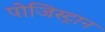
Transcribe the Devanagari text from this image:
पोजिस्ट्रान